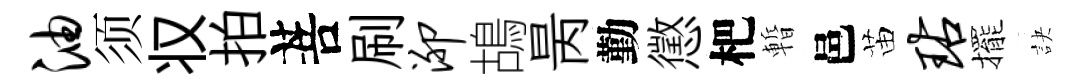
油须𠬧拍菩刷泖鴣昺勤懲杷暫邑苗玷擺訣